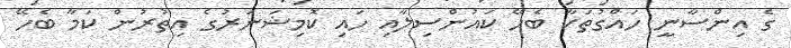
ގެ އިންސާނީ ހައްގުތަކާ ބެހޭ ކައުންސިލާއި ހައި ކޮމިޝަނަރުގެ އިތުރުން ކަމާ ބެހޭ